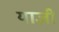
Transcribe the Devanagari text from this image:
याज्ञी